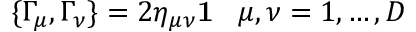
\{ \Gamma _ { \mu } , \Gamma _ { \nu } \} = 2 \eta _ { \mu \nu } { \bf 1 } \; \; \; \mu , \nu = 1 , \ldots , D